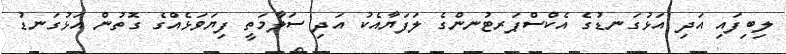
ލިބިފައި އަދި އަޅުގަނޑުގެ އެކްސްޕަރޓުނންގެ ލަފަޔާއެކު އަދި ސަލާމަތީ ފިޔަވަޅެއްގެ ގޮތުން އަޅުގަނޑު